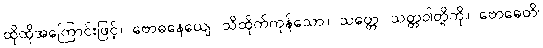
ထိုထိုအကြောင်းဖြင့်။ ဗောဓနေယျေ၊ သိထိုက်ကုန်သော။ သတ္တေ၊ သတ္တဝါတို့ကို။ ဗောဓေတိ၊